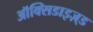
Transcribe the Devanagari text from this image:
ऑक्सिडाइज़्ड